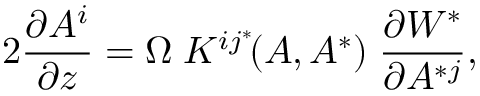
2 { \frac { \partial A ^ { i } } { \partial z } } = \Omega \; K ^ { i j ^ { * } } \! ( A , A ^ { * } ) \; \frac { \partial { \cal W } ^ { * } } { \partial A ^ { * j } } ,